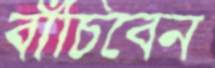
বাঁচিবেন